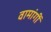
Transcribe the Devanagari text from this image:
वामांगीं